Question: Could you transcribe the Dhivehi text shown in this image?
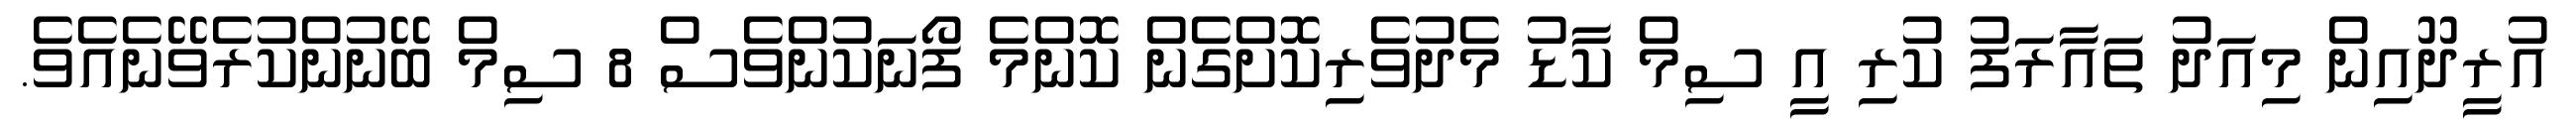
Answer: އުރީދޫއިން މިއަދު ތައާރަފު ކުރި އީ ސިމް ކާޑު މެދުވެރިކޮށްގެން ކޮންމެ ފޯނަކުންވެސް 8 ސިމް ބޭނުންކުރެވޭނެއެވެ.